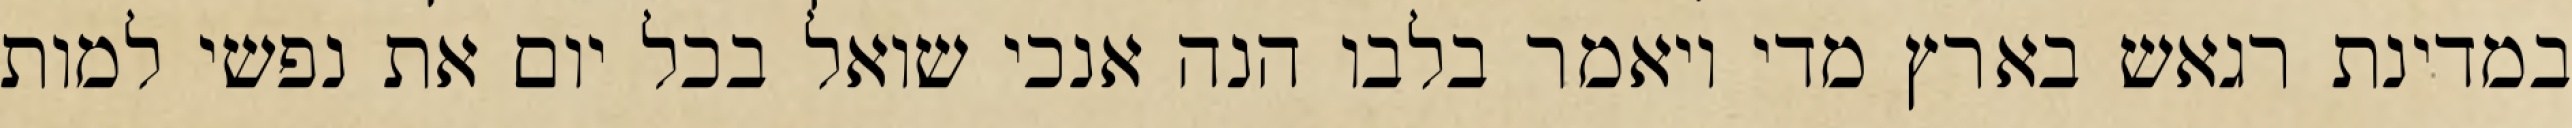
במדינת רגאש בארץ מדי ויאמר בלבו הנה אנכי שואל בכל יום את נפשי למות